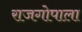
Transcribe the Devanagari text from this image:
राजगोपाला